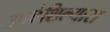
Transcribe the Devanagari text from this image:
उपदेशिल्यास